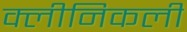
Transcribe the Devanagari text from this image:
क्लीनिकली